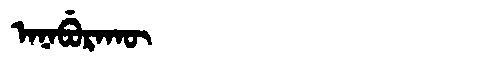
Manchu: ᠠᠨᠠᠪᡠᡵᠠᡴᡡ
Romanization: ANABURAKŪ